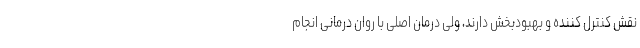
نقش کنترل کننده و بهبودبخش دارند، ولی درمان اصلی با روان درمانی انجام